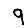
Digit: 9